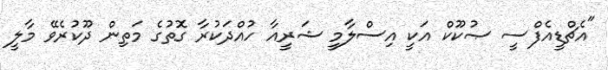
"އެޗްޑީއެފްސީ ޞުކޫކް އަކީ އިސްލާމީ ޝަރީއާ ހުއްދަކުރާ ގޮތުގެ މަތިން ދޫކުރެވޭ މާލީ